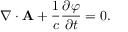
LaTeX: \nabla \cdot { \mathbf { A } } + { \frac { 1 } { c } } { \frac { \partial \varphi } { \partial t } } = 0 .